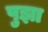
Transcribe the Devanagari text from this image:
पुझा